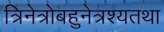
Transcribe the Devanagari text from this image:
त्रिनेत्रोबहुनेत्रश्यतथा